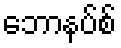
ဘောနပ်စ်